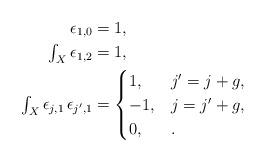
LaTeX: \begin{align*} \epsilon_{1,0} & = 1, \\ \textstyle \int_X \epsilon_{1,2} & = 1, \\ \textstyle \int_X \epsilon_{j,1} \, \epsilon_{j',1} & = \begin{cases} 1, & j' = j + g, \\ -1, & j = j' + g, \\ 0, & . \end{cases}\end{align*}